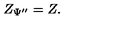
Z _ { \Psi ^ { \prime \prime } } = Z .